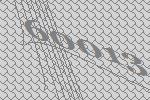
60013